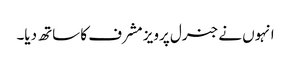
انہوں نے جنرل پرویز مشرف کا ساتھ دیا۔